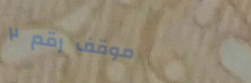
موقف رقم ٢